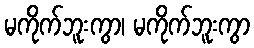
မကိုက်ဘူးကွာ၊ မကိုက်ဘူးကွာ